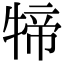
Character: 𤚢